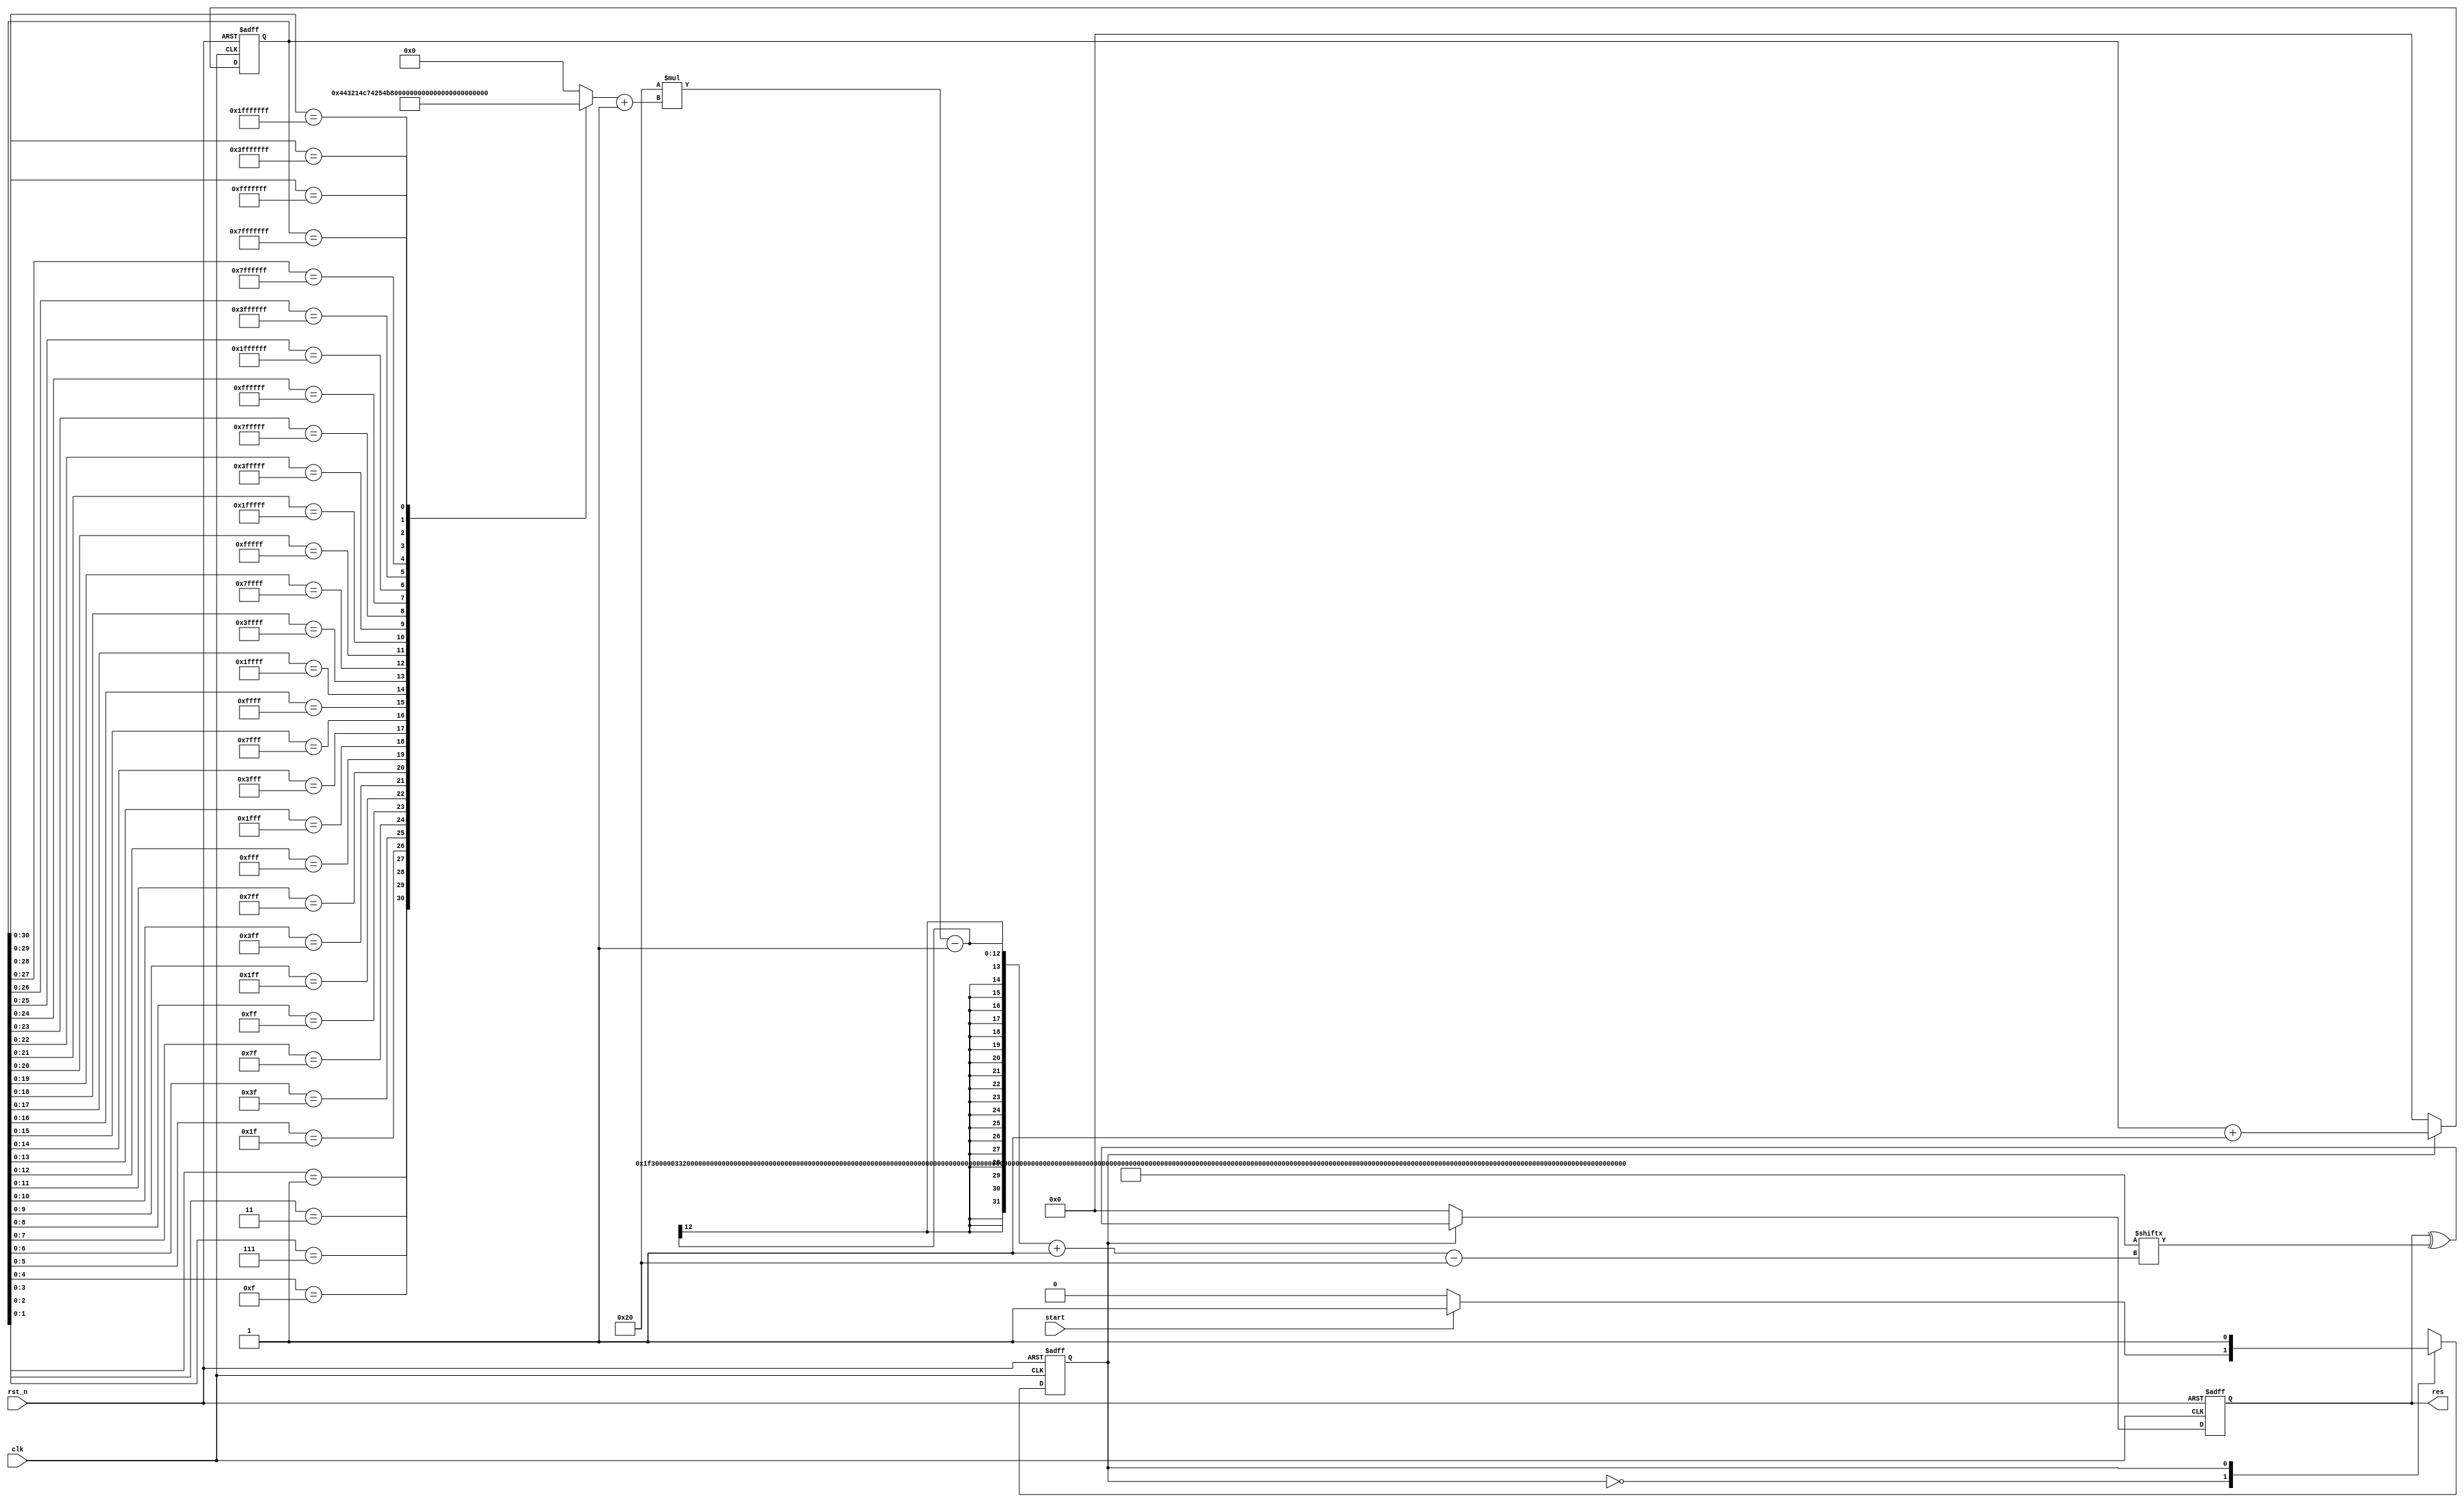
module Sobol_to_INT32(
    input             clk,
    input             rst_n, 
    input             start,
    output reg [31:0] res
);
// ================== parameter =========================
parameter IDLE = 1'b0;
parameter COMP = 1'b1;
// DVA31, DVA30 , ......, DVA1, DVA0
parameter [32*32-1:0] DVA = {
    32'b00000000000000000000000111110011,
    32'b00000000000000000000001100110010,
    32'b00000000000000000000011011000100,
    32'b00000000000000000000110110001000,
    32'b00000000000000000001101111010000,
    32'b00000000000000000011011101100000,
    32'b00000000000000000110111101000000,
    32'b00000000000000001101111110000000,
    32'b00000000000000000100110100000000,
    32'b00000000000000000100111000000000,
    32'b00000000000000000011110000000000,
    32'b00000000000000000111100000000000,
    32'b00000000000000000011000000000000,
    32'b00000000000000001010000000000000,
    32'b00000000000000001100000000000000,
    32'b00000000000000001000000000000000,
    32'b00000001111100110000000000000000,
    32'b00000011001100100000000000000000,
    32'b00000110110001000000000000000000,
    32'b00001101100010000000000000000000,
    32'b00011011110100000000000000000000,
    32'b00110111011000000000000000000000,
    32'b01101111010000000000000000000000,
    32'b11011111100000000000000000000000,
    32'b01001101000000000000000000000000,
    32'b01001110000000000000000000000000,
    32'b00111100000000000000000000000000,
    32'b01111000000000000000000000000000,
    32'b00110000000000000000000000000000,
    32'b10100000000000000000000000000000,
    32'b11000000000000000000000000000000,
    32'b10000000000000000000000000000000
};


// ================== reg and wire ======================
// reg   [31:0] res0, res1, res2, res3;
wire  [31:0] res_w;

reg          state, state_ns;

reg   [31:0] counter;
reg   [4:0] LSZ;

integer i;

// ================== wire assignments ==================
assign res_w = res ^ DVA[32*(LSZ+1)-1 -: 32];

// ================== Combinational =====================
// state
always @(*) begin
    state_ns = state;
    case (state_ns)
        IDLE: begin
            if (start) state_ns = COMP;
        end 
        COMP: begin
            
        end
        default: begin
            
        end
    endcase
end
// counter 
always @(*) begin

    // for (i=0; i < 32; i = i+1) begin
    //     if (counter[31 - i] == 0) LSZ = 31 - i;
    // end

    ///////LSZ is a latch, modified as below///////
    casex (counter)
        32'bxxxxxxxxxxxxxxxxxxxxxxxxxxxxxxx0: LSZ = 5'd0;
        32'bxxxxxxxxxxxxxxxxxxxxxxxxxxxxxx01: LSZ = 5'd1;
        32'bxxxxxxxxxxxxxxxxxxxxxxxxxxxxx011: LSZ = 5'd2;
        32'bxxxxxxxxxxxxxxxxxxxxxxxxxxxx0111: LSZ = 5'd3;
        32'bxxxxxxxxxxxxxxxxxxxxxxxxxxx01111: LSZ = 5'd4;
        32'bxxxxxxxxxxxxxxxxxxxxxxxxxx011111: LSZ = 5'd5;
        32'bxxxxxxxxxxxxxxxxxxxxxxxxx0111111: LSZ = 5'd6;
        32'bxxxxxxxxxxxxxxxxxxxxxxxx01111111: LSZ = 5'd7;
        32'bxxxxxxxxxxxxxxxxxxxxxxx011111111: LSZ = 5'd8;
        32'bxxxxxxxxxxxxxxxxxxxxxx0111111111: LSZ = 5'd9;
        32'bxxxxxxxxxxxxxxxxxxxxx01111111111: LSZ = 5'd10;
        32'bxxxxxxxxxxxxxxxxxxxx011111111111: LSZ = 5'd11;
        32'bxxxxxxxxxxxxxxxxxxx0111111111111: LSZ = 5'd12;
        32'bxxxxxxxxxxxxxxxxxx01111111111111: LSZ = 5'd13;
        32'bxxxxxxxxxxxxxxxxx011111111111111: LSZ = 5'd14;
        32'bxxxxxxxxxxxxxxxx0111111111111111: LSZ = 5'd15;
        32'bxxxxxxxxxxxxxxx01111111111111111: LSZ = 5'd16;
        32'bxxxxxxxxxxxxxx011111111111111111: LSZ = 5'd17;
        32'bxxxxxxxxxxxxx0111111111111111111: LSZ = 5'd18;
        32'bxxxxxxxxxxxx01111111111111111111: LSZ = 5'd19;
        32'bxxxxxxxxxxx011111111111111111111: LSZ = 5'd20;
        32'bxxxxxxxxxx0111111111111111111111: LSZ = 5'd21;
        32'bxxxxxxxxx01111111111111111111111: LSZ = 5'd22;
        32'bxxxxxxxx011111111111111111111111: LSZ = 5'd23;
        32'bxxxxxxx0111111111111111111111111: LSZ = 5'd24;
        32'bxxxxxx01111111111111111111111111: LSZ = 5'd25;
        32'bxxxxx011111111111111111111111111: LSZ = 5'd26;
        32'bxxxx0111111111111111111111111111: LSZ = 5'd27;
        32'bxxx01111111111111111111111111111: LSZ = 5'd28;
        32'bxx011111111111111111111111111111: LSZ = 5'd29;
        32'bx0111111111111111111111111111111: LSZ = 5'd30;
        32'b01111111111111111111111111111111: LSZ = 5'd31;
        default: LSZ = 5'd0;
    endcase 
end


// ================== sequential ========================
always @(posedge clk or negedge rst_n) begin
    if (!rst_n) begin
        res     <= 32'b0;
        counter <= 32'b0;
        state   <= IDLE;
    end
    else begin
        state <= state_ns;
        if (state == COMP) begin
            res     <= res_w;
            counter <= counter + 32'b1;
        end
        else begin
            res     <= 32'b0;
            counter <= 32'b0;
        end
    end
end

endmodule